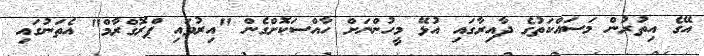
އޭގެ އިތުރުން މަސައްކަތުގެ ދާއިރާގައި އުޅޭ މީހުންނަށް ހާއްސަކޮށްގެން "އިރުވައި ޕްރޮގްރާމް" އެތަނުގައި